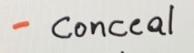
- Conceal